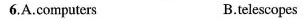
6.A.Computers B.telescopes